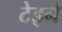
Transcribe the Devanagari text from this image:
टेइने